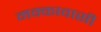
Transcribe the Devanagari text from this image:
मक्कावासी